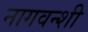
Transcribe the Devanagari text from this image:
नागवन्शी